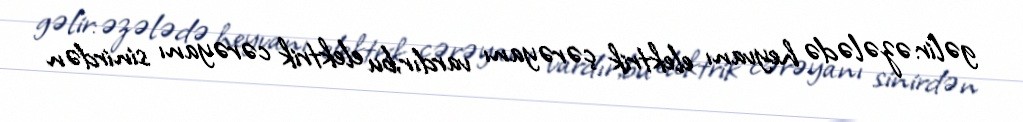
gəlir:əzələdə heyvanı elektrik çərəyanı vardır,bu elektrik cərəyanı sinirdən